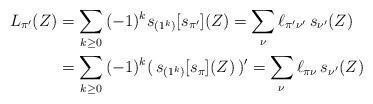
LaTeX: \begin{align*} L_{\pi'}(Z) &= \sum_{k\ge 0}\, (-1)^k s_{(1^k)}[s_{\pi'}](Z) = \sum_\nu \ell_{\pi'\nu'}\, s_{\nu'}(Z)\cr &= \sum_{k\ge 0}\, (-1)^k (\,s_{(1^k)}[s_{\pi}](Z)\,)' = \sum_\nu \ell_{\pi\nu}\, s_{\nu'}(Z) \end{align*}